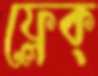
ফ্লেক্